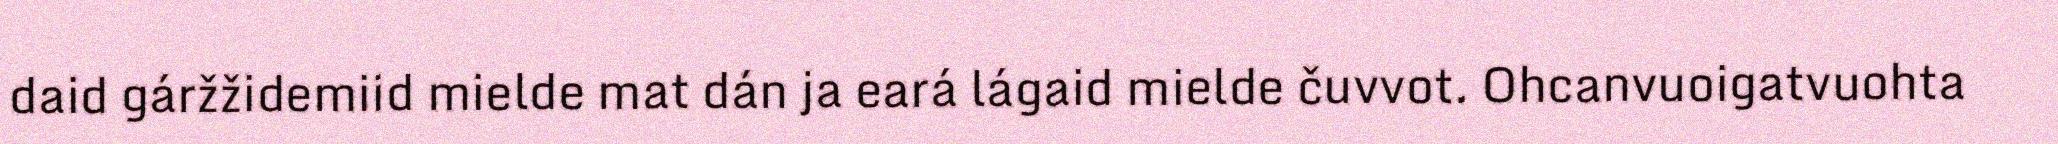
daid gáržžidemiid mielde mat dán ja eará lágaid mielde čuvvot. Ohcanvuoigatvuohta